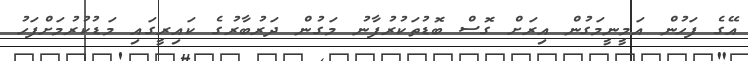
އޭގެ ފަހުން އަމީނީމަގުން އިރަށް ގޮސް ބޮޑުތަކުރުފާނު މަގުން ދަރުބާރުގެ ކައިރީގައި މަޑުކުރުމަށްފަހު